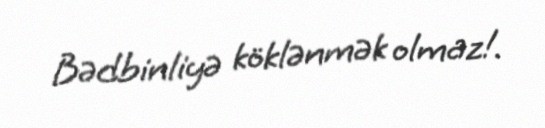
Bədbinliyə köklənmək olmaz!.